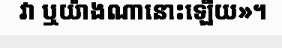
វា ឬយ៉ាងណានោះឡើយ»។